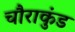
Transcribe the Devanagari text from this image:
चौराकुंड